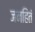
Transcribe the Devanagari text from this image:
जनहितं